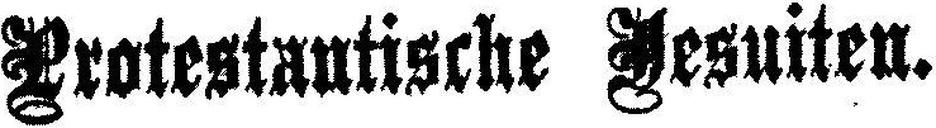
Protestantische Jesuiten.